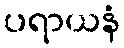
ပရာယနံ